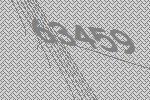
63459